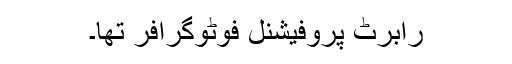
رابرٹ پروفیشنل فوٹوگرافر تھا۔